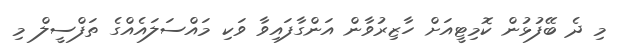
މި ދެ ބޭފުޅުން ކޮމިޓީއަށް ހާޒިރުވާން އަންގާފައިވާ ވަކި މައްސަލައެއްގެ ތަފްސީލް މި